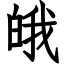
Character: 皒